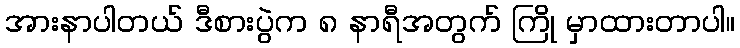
အားနာပါတယ် ဒီစားပွဲက ၈ နာရီအတွက် ကြို မှာထားတာပါ။